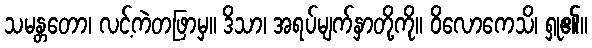
သမန္တတော၊ လင့်ကဲတဖြာမှ။ ဒိသာ၊ အရပ်မျက်နှာတို့ကို။ ဝိလောကေသိ၊ ရှု၏။